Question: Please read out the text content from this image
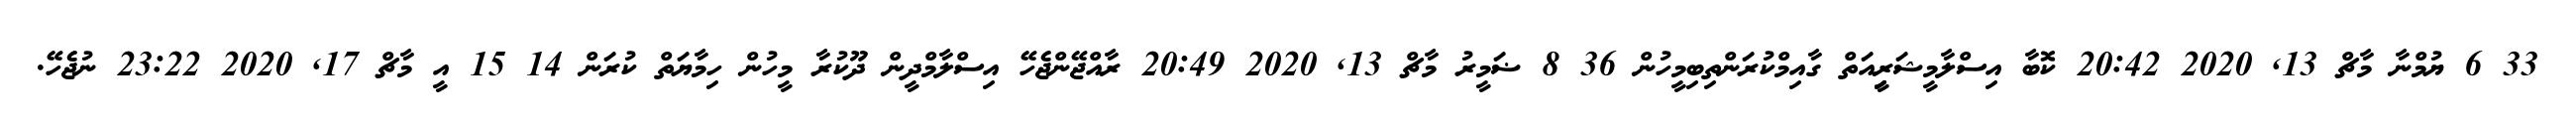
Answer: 33 6 ޔުމްނާ މާޗް 13, 2020 20:42 ކޮބާ އިސްލާމީޝަރިިީއަތް ގާއިމްކުރަންތިބިމީހުން 36 8 ޟަމީރު މާޗް 13, 2020 20:49 ރާއްޖޭންޖެހޭ އިސްލާމްދީން ދޫކުރާ މީހުން ހިމާޔަތް ކުރަން 14 15 އީ މާޗް 17, 2020 23:22 ނުޖެހޭ.